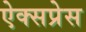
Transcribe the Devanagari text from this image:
ऐक्सप्रेस